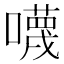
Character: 𡃙